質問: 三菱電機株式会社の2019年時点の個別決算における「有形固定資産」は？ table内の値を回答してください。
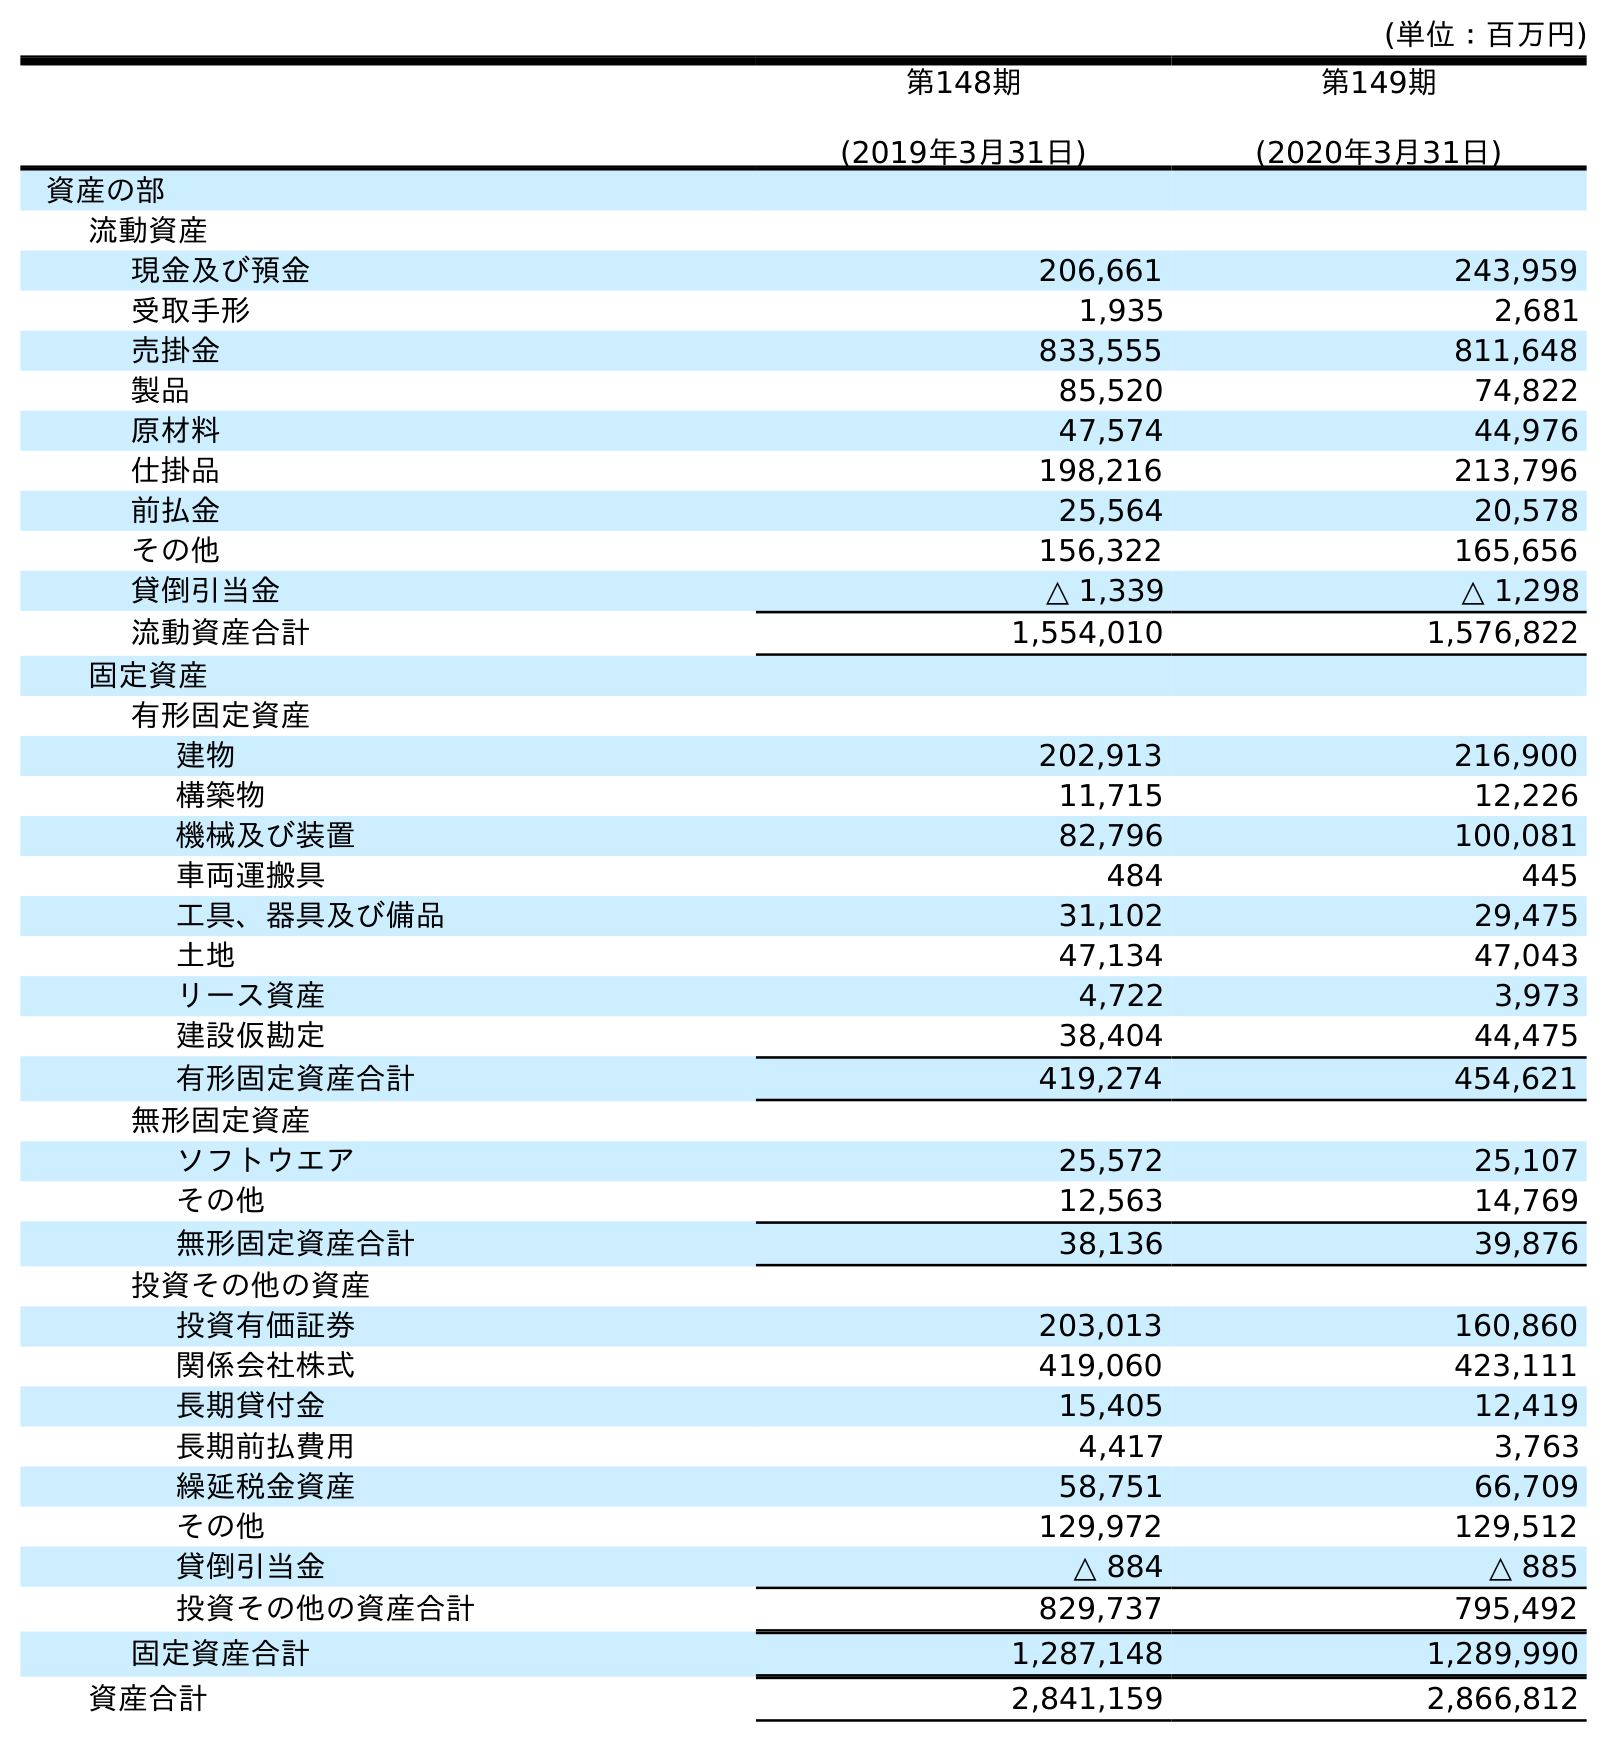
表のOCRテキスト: (単位：百万円) 第148期 (2019年3月31日) 第149期 (2020年3月31日) 資産の部 流動資産 現金及び預金 206,661 243,959 受取手形 1,935 2,681 売掛金 833,555 811,648 製品 85,520 74,822 原材料 47,574 44,976 仕掛品 198,216 213,796 前払金 25,564 20,578 その他 156,322 165,656 貸倒引当金 △ 1,339 △ 1,298 流動資産合計 1,554,010 1,576,822 固定資産 有形固定資産 建物 202,913 216,900 構築物 11,715 12,226 機械及び装置 82,796 100,081 車両運搬具 484 445 工具、器具及び備品 31,102 29,475 土地 47,134 47,043 リース資産 4,722 3,973 建設仮勘定 38,404 44,475 有形固定資産合計 419,274 454,621 無形固定資産 ソフトウエア 25,572 25,107 その他 12,563 14,769 無形固定資産合計 38,136 39,876 投資その他の資産 投資有価証券 203,013 160,860 関係会社株式 419,060 423,111 長期貸付金 15,405 12,419 長期前払費用 4,417 3,763 繰延税金資産 58,751 66,709 その他 129,972 129,512 貸倒引当金 △ 884 △ 885 投資その他の資産合計 829,737 795,492 固定資産合計 1,287,148 1,289,990 資産合計 2,841,159 2,866,812
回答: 419,274